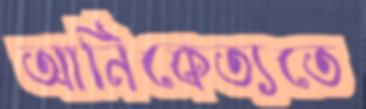
আনিকেত্যতে